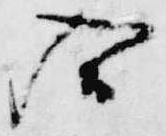
入